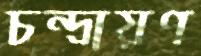
চন্দ্রায়ণ